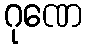
ဂုဏေ